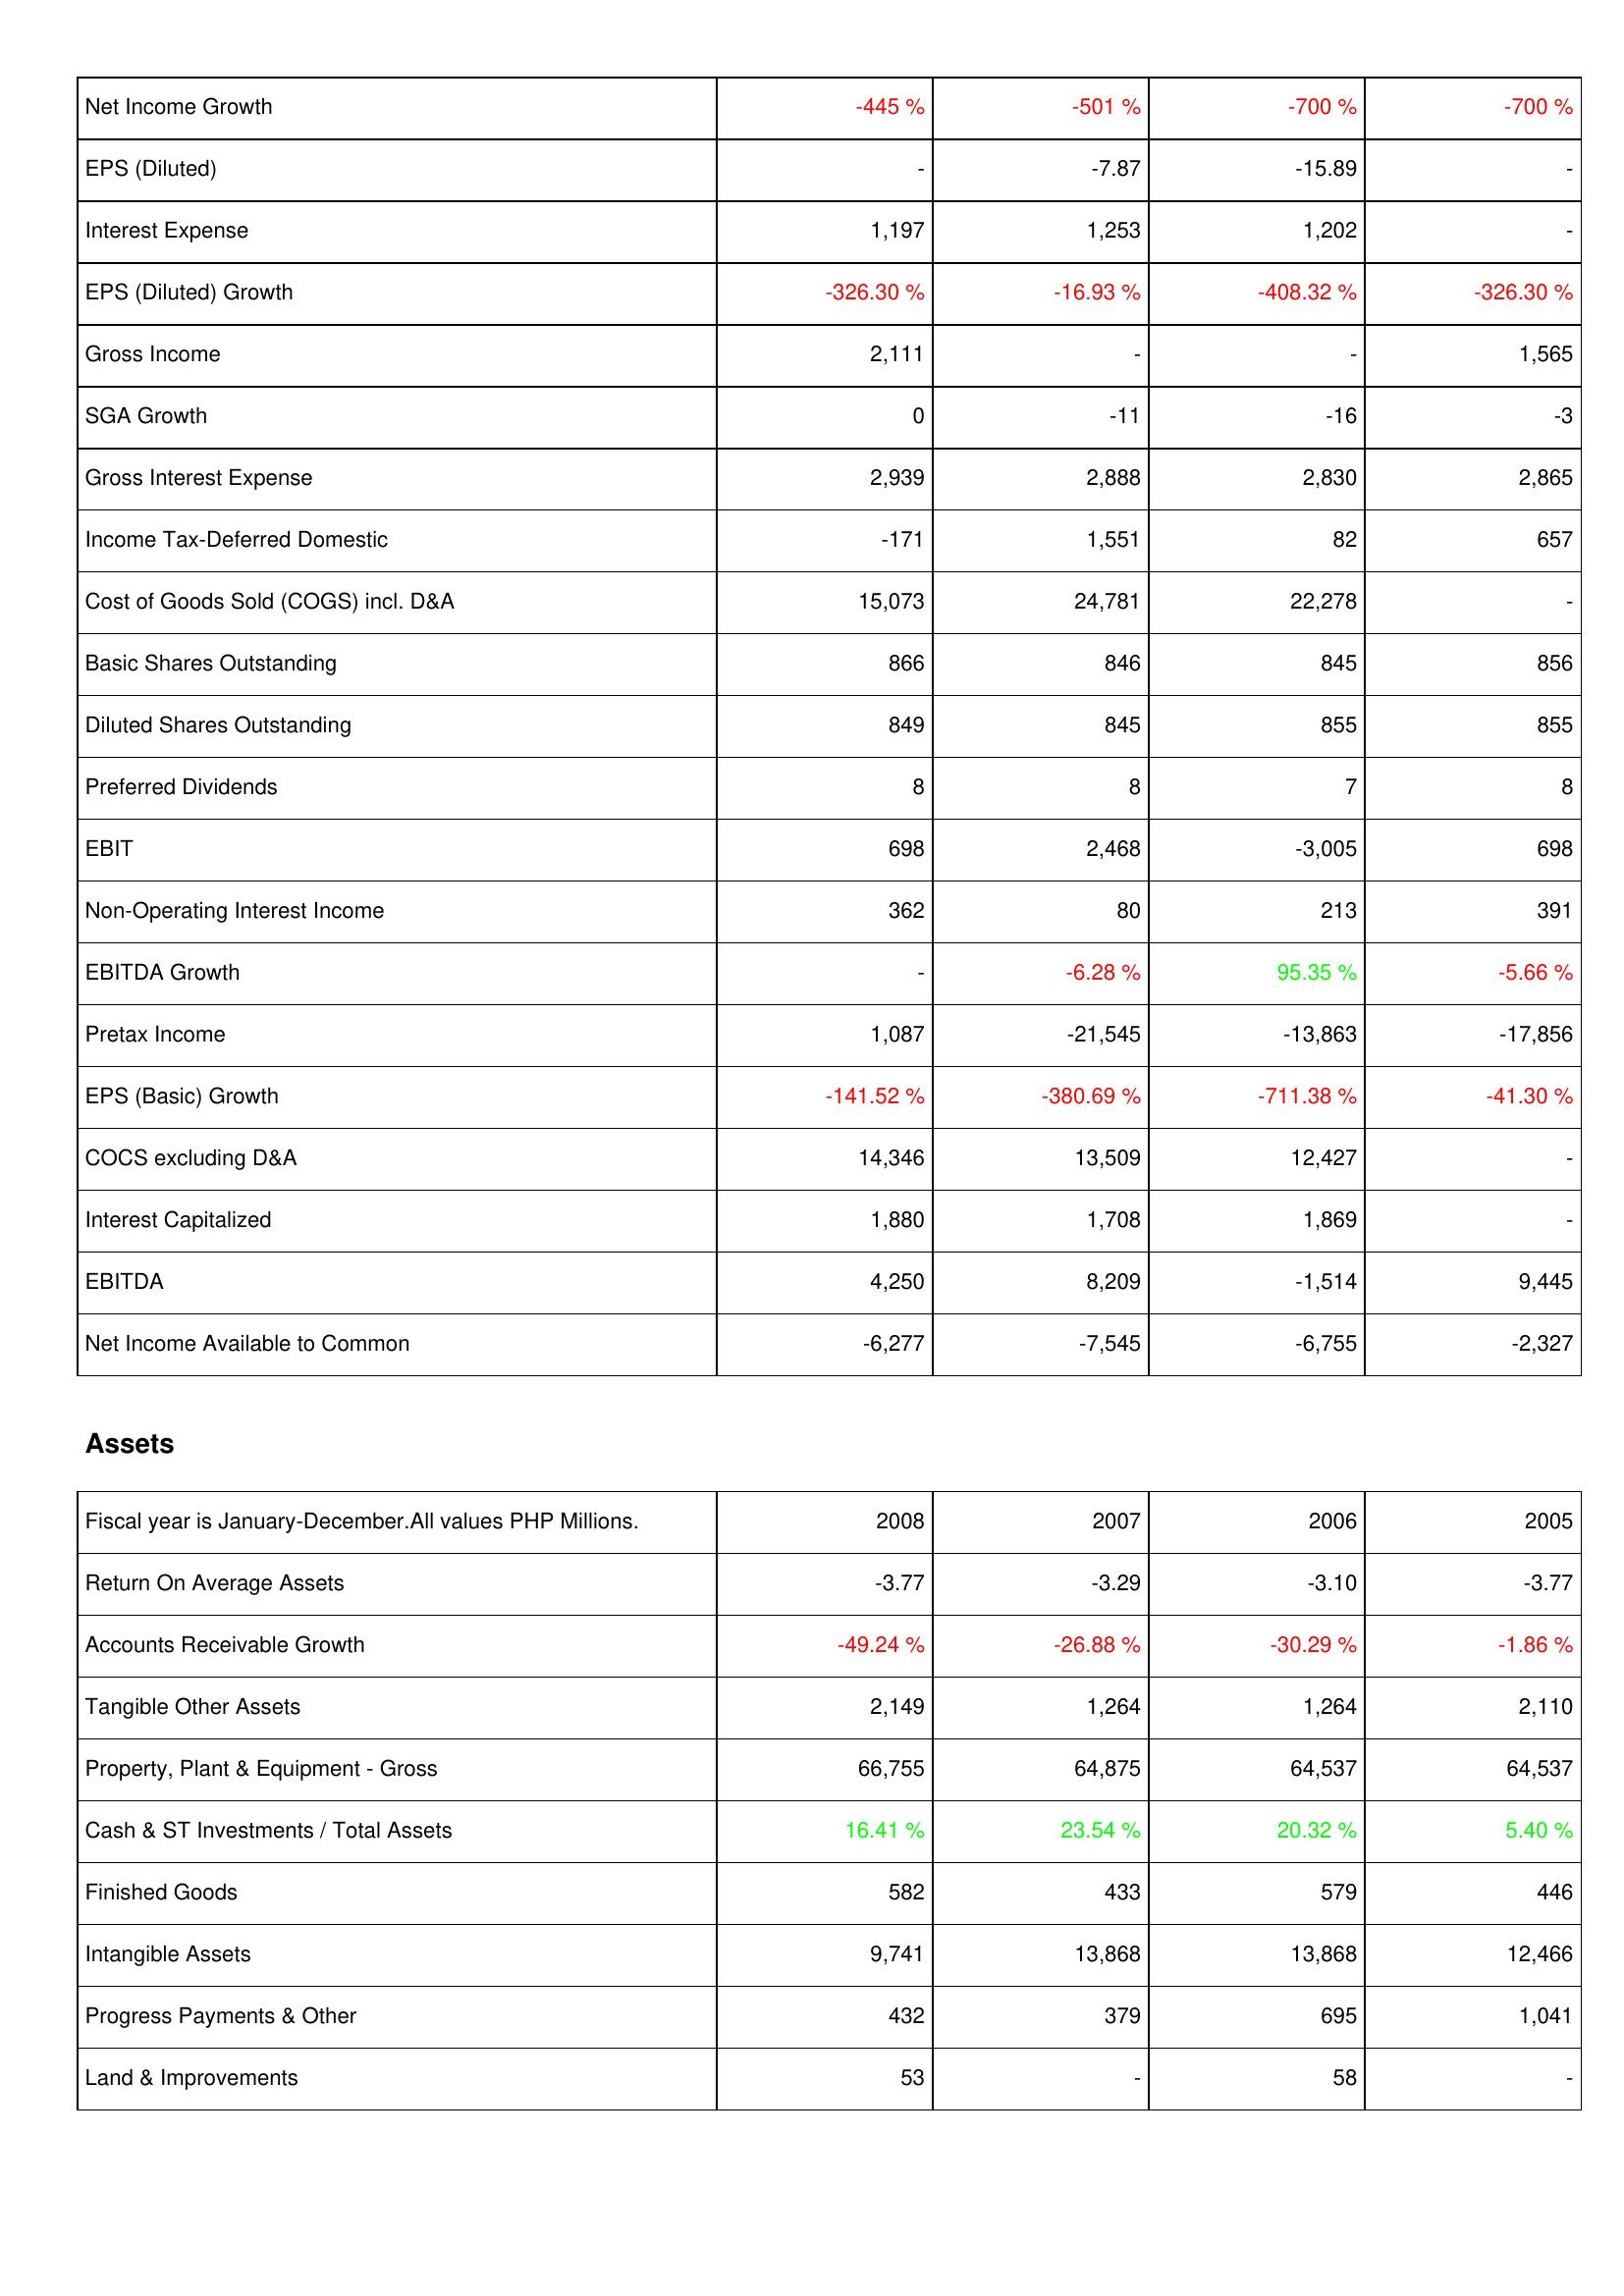
2008: Income Statement: Net Income Growth: -445 %
EPS (Diluted): -
Interest Expense: 1,197
EPS (Diluted) Growth: -326.30 %
Gross Income: 2,111
SGA Growth: 0
Gross Interest Expense: 2,939
Income Tax-Deferred Domestic: -171
Cost of Goods Sold (COGS) incl. D&A: 15,073
Basic Shares Outstanding: 866
Diluted Shares Outstanding: 849
Preferred Dividends: 8
EBIT: 698
Non-Operating Interest Income: 362
EBITDA Growth: -
Pretax Income: 1,087
EPS (Basic) Growth: -141.52 %
COCS excluding D&A: 14,346
Interest Capitalized: 1,880
EBITDA: 4,250
Net Income Available to Common: -6,277
Assets: Return On Average Assets: -3.77
Accounts Receivable Growth: -49.24 %
Tangible Other Assets: 2,149
Property, Plant & Equipment - Gross: 66,755
Cash & ST Investments / Total Assets: 16.41 %
Finished Goods: 582
Intangible Assets: 9,741
Progress Payments & Other: 432
Land & Improvements: 53
2007: Income Statement: Net Income Growth: -501 %
EPS (Diluted): -7.87
Interest Expense: 1,253
EPS (Diluted) Growth: -16.93 %
Gross Income: -
SGA Growth: -11
Gross Interest Expense: 2,888
Income Tax-Deferred Domestic: 1,551
Cost of Goods Sold (COGS) incl. D&A: 24,781
Basic Shares Outstanding: 846
Diluted Shares Outstanding: 845
Preferred Dividends: 8
EBIT: 2,468
Non-Operating Interest Income: 80
EBITDA Growth: -6.28 %
Pretax Income: -21,545
EPS (Basic) Growth: -380.69 %
COCS excluding D&A: 13,509
Interest Capitalized: 1,708
EBITDA: 8,209
Net Income Available to Common: -7,545
Assets: Return On Average Assets: -3.29
Accounts Receivable Growth: -26.88 %
Tangible Other Assets: 1,264
Property, Plant & Equipment - Gross: 64,875
Cash & ST Investments / Total Assets: 23.54 %
Finished Goods: 433
Intangible Assets: 13,868
Progress Payments & Other: 379
Land & Improvements: -
2006: Income Statement: Net Income Growth: -700 %
EPS (Diluted): -15.89
Interest Expense: 1,202
EPS (Diluted) Growth: -408.32 %
Gross Income: -
SGA Growth: -16
Gross Interest Expense: 2,830
Income Tax-Deferred Domestic: 82
Cost of Goods Sold (COGS) incl. D&A: 22,278
Basic Shares Outstanding: 845
Diluted Shares Outstanding: 855
Preferred Dividends: 7
EBIT: -3,005
Non-Operating Interest Income: 213
EBITDA Growth: 95.35 %
Pretax Income: -13,863
EPS (Basic) Growth: -711.38 %
COCS excluding D&A: 12,427
Interest Capitalized: 1,869
EBITDA: -1,514
Net Income Available to Common: -6,755
Assets: Return On Average Assets: -3.10
Accounts Receivable Growth: -30.29 %
Tangible Other Assets: 1,264
Property, Plant & Equipment - Gross: 64,537
Cash & ST Investments / Total Assets: 20.32 %
Finished Goods: 579
Intangible Assets: 13,868
Progress Payments & Other: 695
Land & Improvements: 58
2005: Income Statement: Net Income Growth: -700 %
EPS (Diluted): -
Interest Expense: -
EPS (Diluted) Growth: -326.30 %
Gross Income: 1,565
SGA Growth: -3
Gross Interest Expense: 2,865
Income Tax-Deferred Domestic: 657
Cost of Goods Sold (COGS) incl. D&A: -
Basic Shares Outstanding: 856
Diluted Shares Outstanding: 855
Preferred Dividends: 8
EBIT: 698
Non-Operating Interest Income: 391
EBITDA Growth: -5.66 %
Pretax Income: -17,856
EPS (Basic) Growth: -41.30 %
COCS excluding D&A: -
Interest Capitalized: -
EBITDA: 9,445
Net Income Available to Common: -2,327
Assets: Return On Average Assets: -3.77
Accounts Receivable Growth: -1.86 %
Tangible Other Assets: 2,110
Property, Plant & Equipment - Gross: 64,537
Cash & ST Investments / Total Assets: 5.40 %
Finished Goods: 446
Intangible Assets: 12,466
Progress Payments & Other: 1,041
Land & Improvements: -